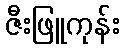
ဇီးဖြူကုန်း